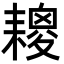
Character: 𦔕